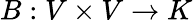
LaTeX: B:V\times V\rightarrow K